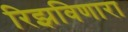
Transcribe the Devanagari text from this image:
रिझविणारा